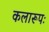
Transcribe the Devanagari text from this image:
कलारूपः